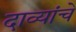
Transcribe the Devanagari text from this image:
दाव्यांचे